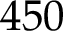
4 5 0